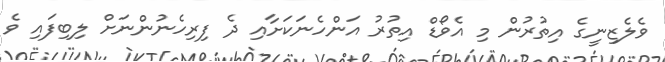
ވެލެޒިނީގެ އިތުރުން މި އެވޯޑް އިތުރު އަންހެނަކަށާއި ދެ ފިރިހެނުންނަށް ލިބިފައި ވެ